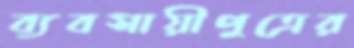
ব্যবসায়ীপুত্রের